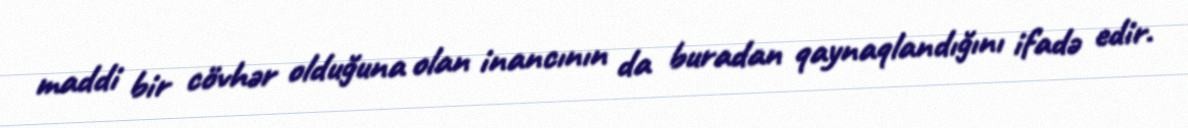
maddi bir cövhər olduğuna olan inancının da buradan qaynaqlandığını ifadə edir.